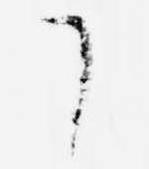
了